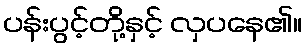
ပန်းပွင့်တို့နှင့် လှပနေ၏။